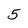
Character: 5